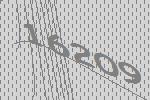
16209